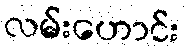
လမ်းဟောင်း